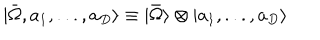
| \bar { \Omega } , a _ { 1 } , . . . , a _ { D } \rangle \equiv | \bar { \Omega } \rangle \otimes | a _ { 1 } , . . . , a _ { D } \rangle